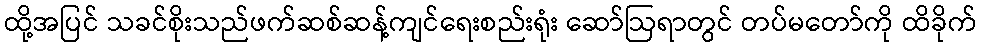
ထို့အပြင် သခင်စိုးသည်ဖက်ဆစ်ဆန့်ကျင်ရေးစည်းရုံး ဆော်ဩရာတွင် တပ်မတော်ကို ထိခိုက်